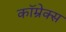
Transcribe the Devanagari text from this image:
कॉम्रेक्स